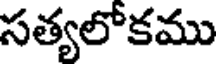
సత్యలోకము